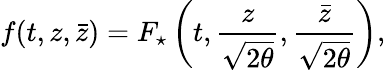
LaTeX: f(t,z,\bar{z})=F_{\star}\left(t,\frac{z}{\sqrt{2\theta}},\frac{\bar{z}}{\sqrt{2\theta}}\right),